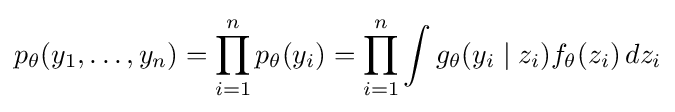
p_{\theta }(y_{1},\ldots ,y_{n})=\prod _{i=1}^{n}p_{\theta }(y_{i})=\prod _{i=1}^{n}\int g_{\theta }(y_{i}\mid z_{i})f_{\theta }(z_{i})\,dz_{i}